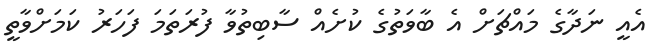
އެއީ ނަދާގެ މައްޗަށް އެ ބާވަތުގެ ކުށެއް ސާބިތުވާ ފުރަތަމަ ފަހަރު ކަމަށްވާތީ